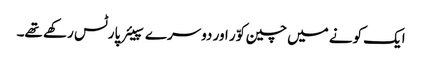
ایک کونے میں چین کوّر اور دوسرے سپیئر پارٹس رکھے تھے۔